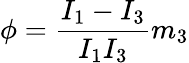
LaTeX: \phi=\frac{I_{1}-I_{3}}{I_{1}I_{3}}m_{3}